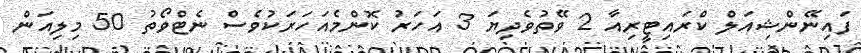
ފައިނޭންޝިއަލް ކްރައިޓީރިއާ 2 ވޭތުވެދިޔަ 3 އަހަރު ކޮންމެއަހަރަކުވެސް ނެޓްވޯތު 50 މިލިއަން